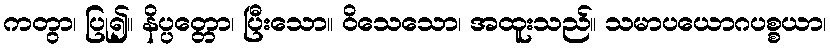
ကတွာ၊ ပြု၍။ နိပ္ပတ္တော၊ ပြီးသော။ ဝိသေသော၊ အထူးသည်။ သမာပယောဂပစ္စယာ၊